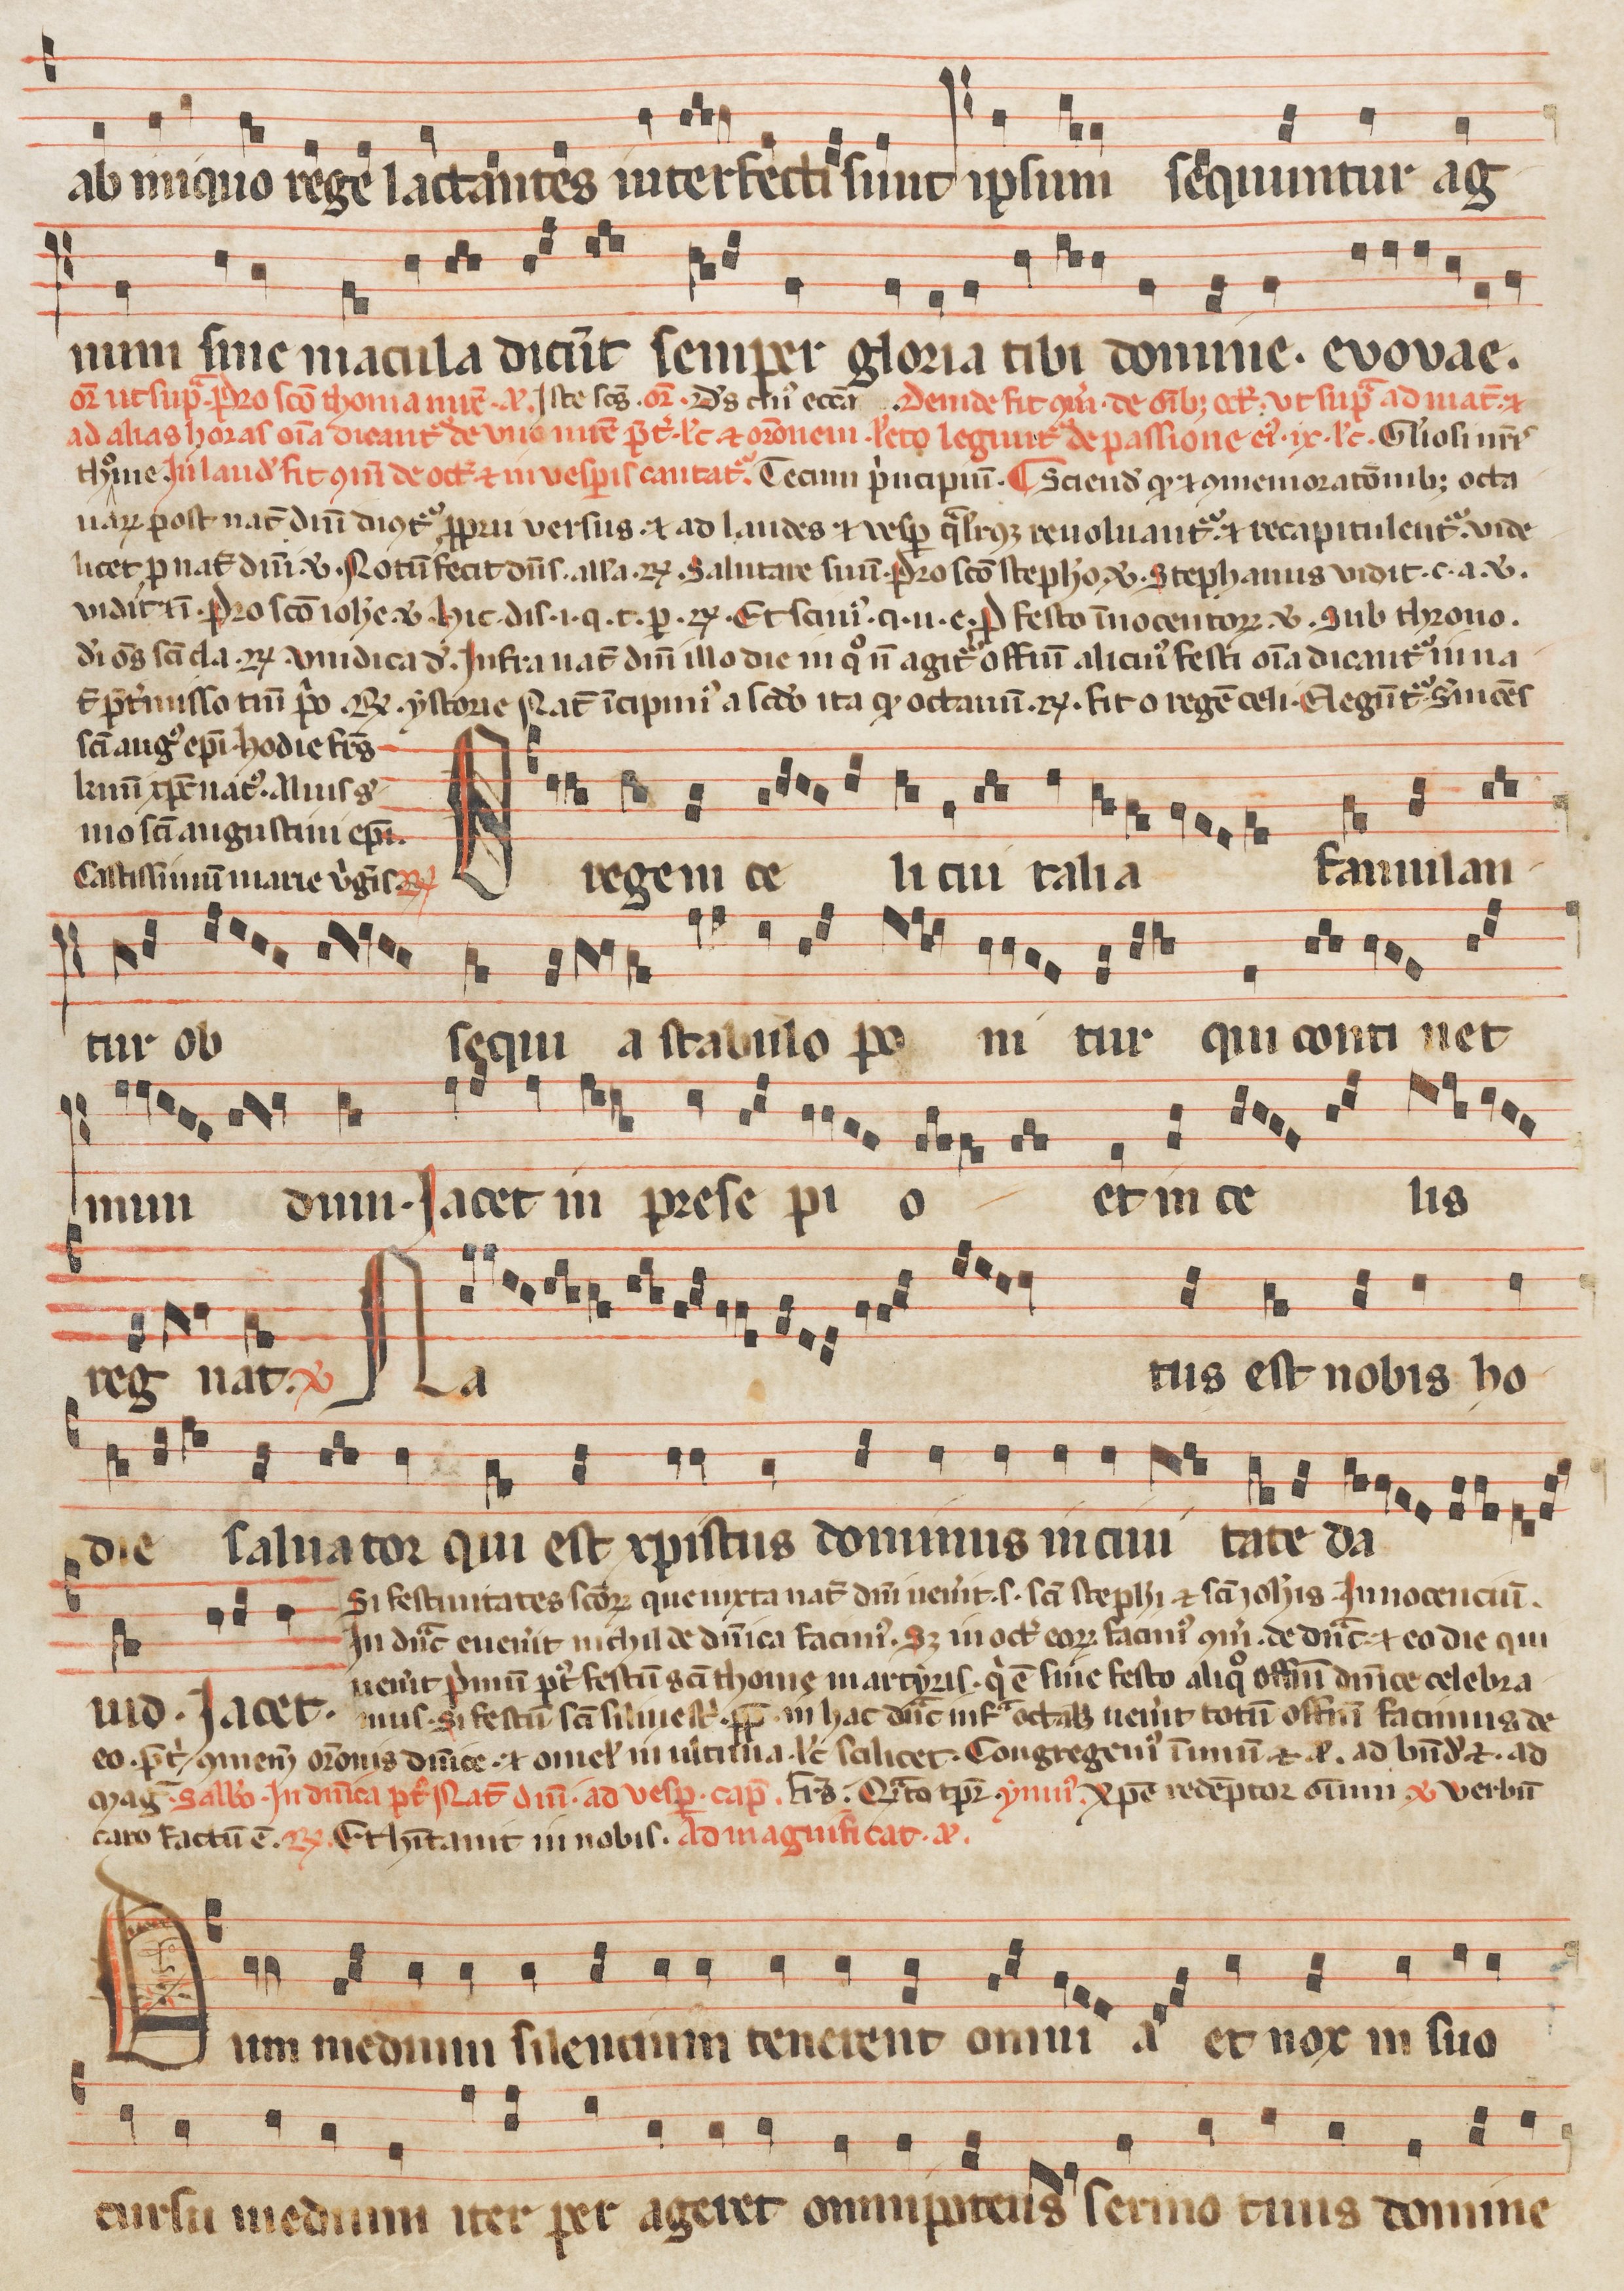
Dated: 1260–1315